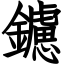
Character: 鑢